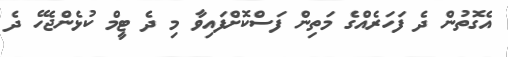
އެގޮތުން ދެ ފަހަރެއްގެ މަތިން ފަސްކޮށްފައިވާ މި ދެ ޓީމް ކުޅެންޖެހޭ ދެ